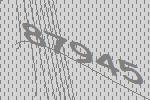
87945